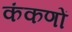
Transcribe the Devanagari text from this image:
कंकणों